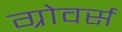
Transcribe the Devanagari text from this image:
ग्रोवर्स